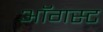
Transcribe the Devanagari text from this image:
अाॅगस्ट